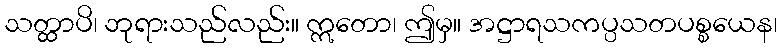
သတ္ထာပိ၊ ဘုရားသည်လည်း။ ဣတော၊ ဤမှ။ အဋ္ဌာရသကပ္ပသတပစ္စယေန၊